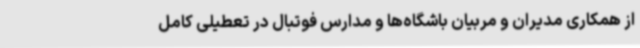
از همکاری مدیران و مربیان باشگاه‌ها و مدارس فوتبال در تعطیلی کامل